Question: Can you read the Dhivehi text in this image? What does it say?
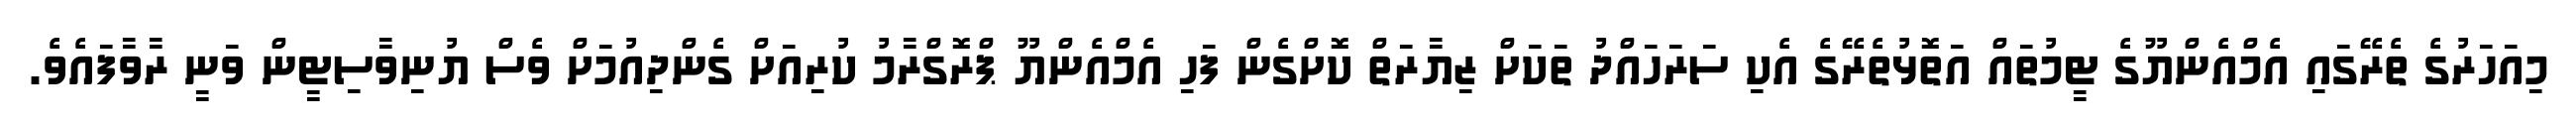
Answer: މިއަހަރުގެ ތެރޭގައި އެމްއެންޔޫގެ ޓީމުތައް އަތޮޅުތެރޭގެ އެކި ސަރަހައްދު ތަކަށް ޒިޔާރަތް ކޮށްގެން ފަހި އެމްއެންޔޫ ޕްރޮގްރާމު ކުރިއަށް ގެންދިއުމަށް ވެސް ޔުނިވާސިޓީން ވަނީ ރާވާފައެވެ.